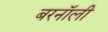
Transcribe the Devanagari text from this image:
बरनॉली